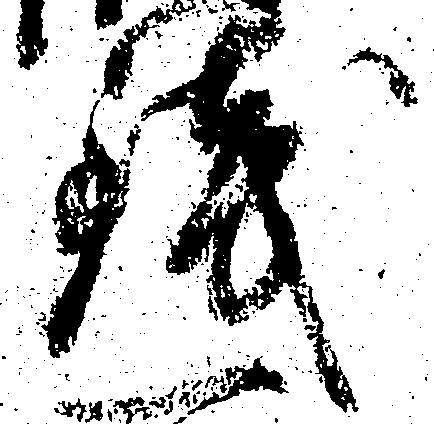
銭